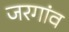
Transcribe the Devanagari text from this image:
जरगांव